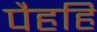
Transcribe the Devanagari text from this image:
पैहहि